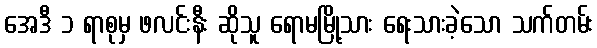
အေဒီ ၁ ရာစုမှ ဖလင်းနီး ဆိုသူ ရောမမြို့သား ရေးသားခဲ့သော သက်တမ်း